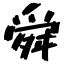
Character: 舜